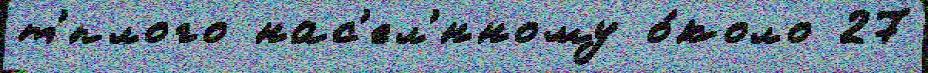
т'́плого нас'ел'́нному о́коло 27